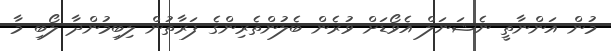
މުން އަންނާތީ ނެޝަނަލް އެވޯޑަށް ވުރެން ބެލުންތެރިންގެ ފަރާތުން ލިބިމުންދާ ލޯބި މާ